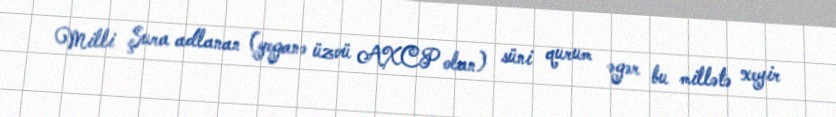
Milli Şura adlanan (yeganə üzvü AXCP olan) süni qurum əgər bu millətə xeyir